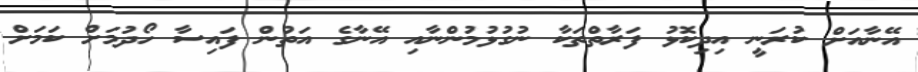
އޭނާއަށް ކުރަނީ އިދިކޮޅު ފަރާތްތަކާ ނުގުޅުމުންނާއި އޭނާގެ އަތުން ފައިސާ ހޯދުމަށް ކަމަށް